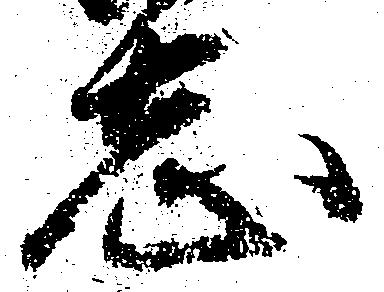
志